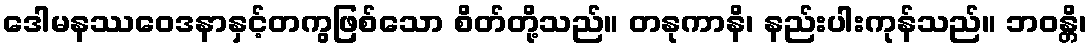
ဒေါမနဿဝေဒနာနှင့်တကွဖြစ်သော စိတ်တို့သည်။ တနုကာနိ၊ နည်းပါးကုန်သည်။ ဘဝန္တိ၊